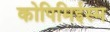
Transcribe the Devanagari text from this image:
कोपिमिईस्म